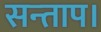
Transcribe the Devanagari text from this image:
सन्‍ताप।